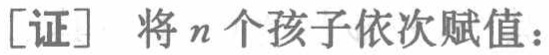
[证] 将\(n\)个孩子依次赋值：